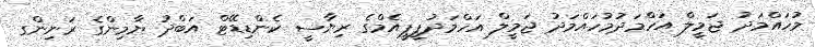
މުހައްމަދު ޖަމީލް އަހްމަދުމުހައްމަދު ޖަމީލް އަހްމަދުޕީޕީއެމްގެ ރިޔާސީ ކެންޑިޑޭޓް އަބްދު ޔާމިންގެ ރަނިންގ